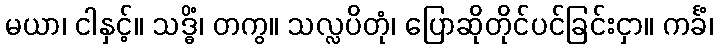
မယာ၊ ငါနှင့်။ သဒ္ဓိံ၊ တကွ။ သလ္လပိတုံ၊ ပြောဆိုတိုင်ပင်ခြင်းငှာ။ ကင်္ခံ၊